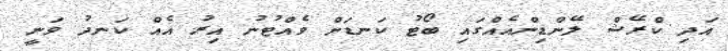
އަދި ކްރޭޝް ލޭންޑިންއެއްގައި ބޯޓު ކަނޑަށް ވެއްޓުނު އިރު އެއް ކަނދު ވަނީ